Annual administration and progress report of the Indian Medical Department, Bombay
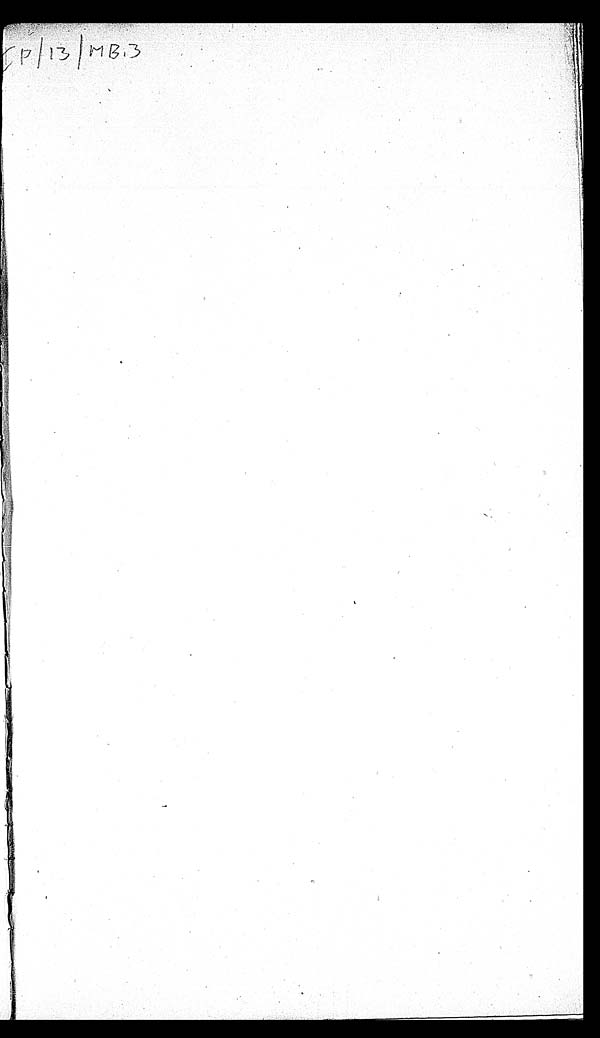
I P / 1 3 / M B 3